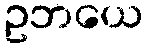
ဥဘယေ